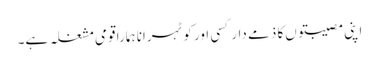
اپنی مصیبتوں‌کا ذمے دار کسی اور کو ٹہرانا ہمارا قومی مشغلہ ہے۔